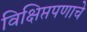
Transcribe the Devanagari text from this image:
विक्षिप्तपणाचे